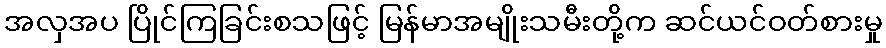
အလှအပ ပြိုင်ကြခြင်းစသဖြင့် မြန်မာအမျိုးသမီးတို့က ဆင်ယင်ဝတ်စားမှု